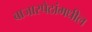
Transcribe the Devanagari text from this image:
बाजारपेठांमधील